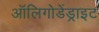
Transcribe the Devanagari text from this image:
ऑलिगोडेंड्राइट